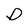
Character: D